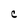
Character: C